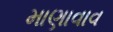
માણાવાવ